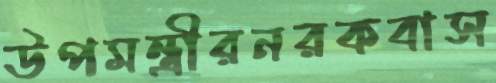
উপমন্ত্রীরনরকবাস